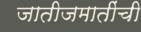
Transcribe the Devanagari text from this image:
जातीजमातींची